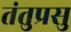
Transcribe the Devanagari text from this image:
तंतुप्रसु